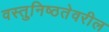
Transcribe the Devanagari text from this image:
वस्तुनिष्ठतेवरील